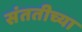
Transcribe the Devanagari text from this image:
संततीच्या